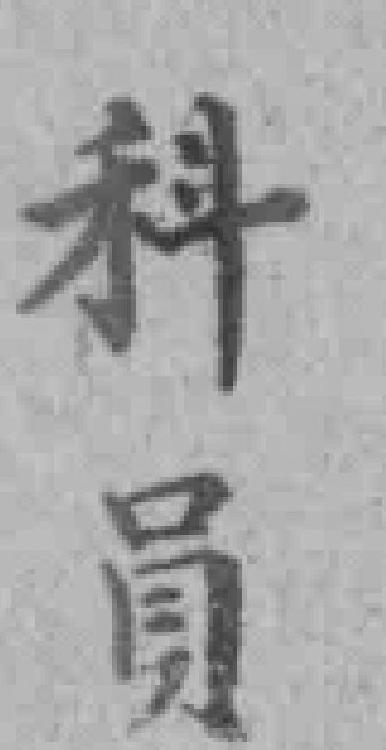
科員